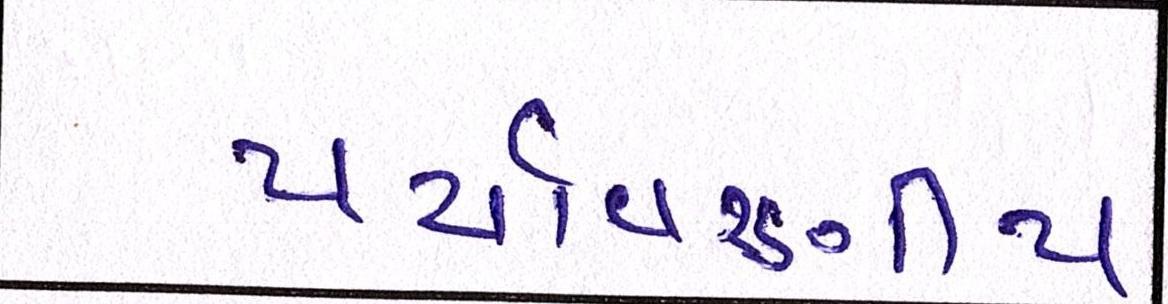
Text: પર્યાવરણીય